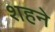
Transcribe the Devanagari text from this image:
शहने